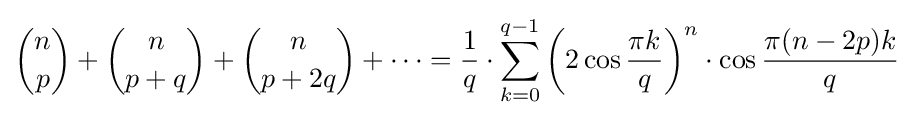
{n \choose p}+{n \choose p+q}+{n \choose p+2q}+\cdots ={\frac {1}{q}}\cdot \sum _{k=0}^{q-1}\left(2\cos {\frac {\pi k}{q}}\right)^{n}\cdot \cos {\frac {\pi (n-2p)k}{q}}